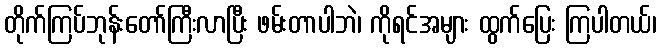
တိုက်ကြပ်ဘုန်းတော်ကြီးလာပြီး ဖမ်းတာပါဘဲ၊ ကိုရင်အများ ထွက်ပြေး ကြပါတယ်၊